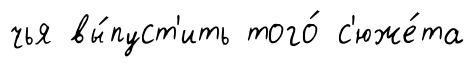
чья вы́пуст'ить того́ с'юже́та